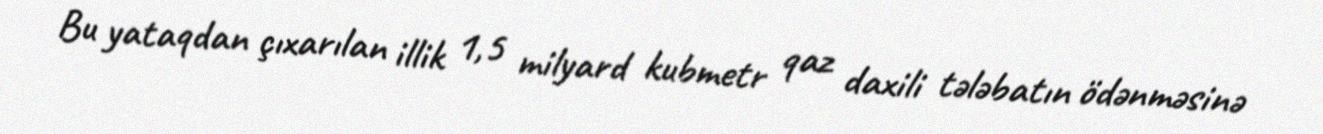
Bu yataqdan çıxarılan illik 1,5 milyard kubmetr qaz daxili tələbatın ödənməsinə